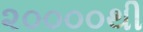
૨૦૦૦૦થી